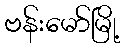
ဗန်းမော်မြို့